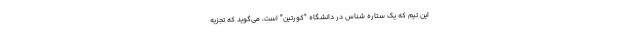
این تیم که یک ستاره شناس در دانشگاه "کورتین" است، می‌گوید که تجزیه